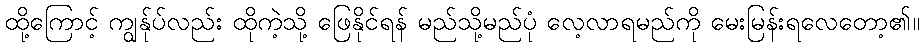
ထို့ကြောင့် ကျွန်ုပ်လည်း ထိုကဲ့သို့ ဖြေနိုင်ရန် မည်သို့မည်ပုံ လေ့လာရမည်ကို မေးမြန်းရလေတော့၏။